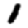
Digit: 1